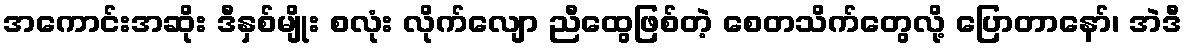
အကောင်းအဆိုး ဒီနှစ်မျိုး စလုံး လိုက်လျော ညီထွေဖြစ်တဲ့ စေတသိက်တွေလို့ ပြောတာနော်၊ အဲဒီ